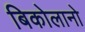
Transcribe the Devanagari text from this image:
बिकोलानो